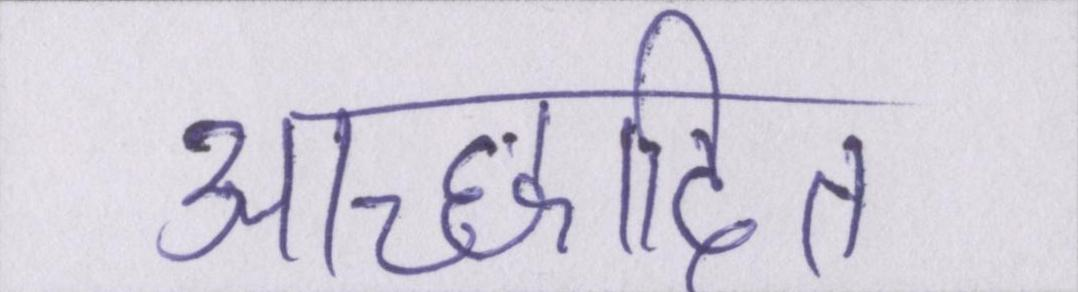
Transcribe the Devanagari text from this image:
आच्छादित